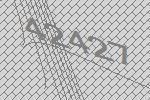
42427